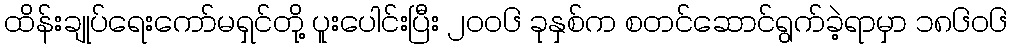
ထိန်းချုပ်ရေးကော်မရှင်တို့ ပူးပေါင်းပြီး ၂၀၀၆ ခုနှစ်က စတင်ဆောင်ရွက်ခဲ့ရာမှာ ၁၈၆၀၆